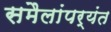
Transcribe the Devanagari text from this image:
समैलांपर्यंत